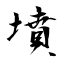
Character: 墳